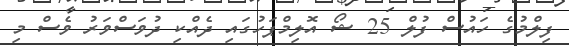
ފިލްމުގެ ހައުސް ފުލް 25 ޝޯ އޮލިމްޕަހުގައި ދެއްކި ދުވަސްވަރު ވެސް މި